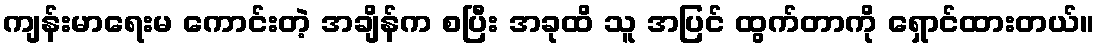
ကျန်းမာရေးမ ကောင်းတဲ့ အချိန်က စပြီး အခုထိ သူ အပြင် ထွက်တာကို ရှောင်ထားတယ်။